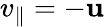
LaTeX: v_{\parallel}=-\mathbf{u}